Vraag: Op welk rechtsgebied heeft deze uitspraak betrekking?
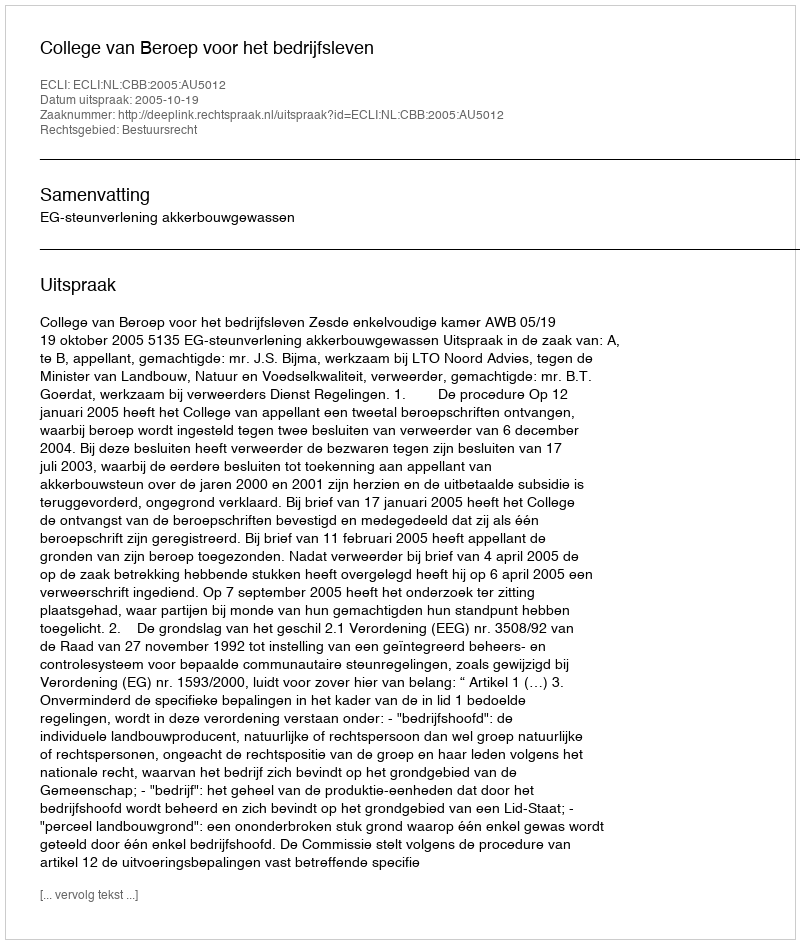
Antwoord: Bestuursrecht